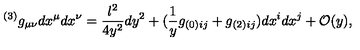
^ { ( 3 ) } g _ { \mu \nu } d x ^ { \mu } d x ^ { \nu } = \frac { l ^ { 2 } } { 4 y ^ { 2 } } d y ^ { 2 } + ( \frac { 1 } { y } g _ { ( 0 ) i j } + g _ { ( 2 ) i j } ) d x ^ { i } d x ^ { j } + { \cal O } ( y ) ,